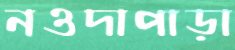
নওদাপাড়া